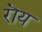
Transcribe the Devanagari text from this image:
रॊय